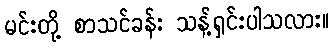
မင်းတို့ စာသင်ခန်း သန့်ရှင်းပါသလား။